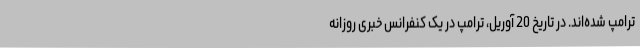
ترامپ شده‌اند. در تاریخ 20 آوریل، ترامپ در یک کنفرانس خبری روزانه